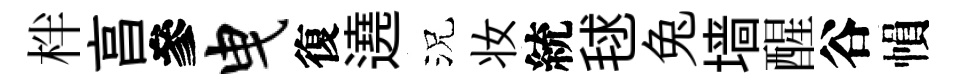
柈亯參曳復遶況妆統毬兔墙醒谷𢄙